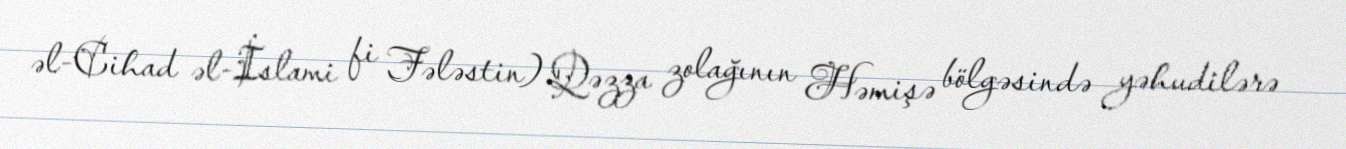
əl-Cihad əl-İslami fi Fələstin) Qəzza zolağının Həmişə bölgəsində yəhudilərə